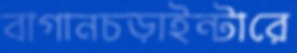
বাগানচড়াইন্টারে